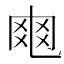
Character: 𠃾